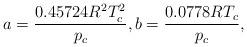
LaTeX: \begin{align*}a = \frac{{0.45724{R^2}T_c^2}}{{{p_c}}},b = \frac{{0.0778R{T_c}}}{{{p_c}}},\end{align*}